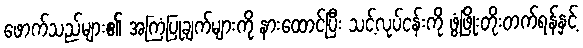
ဖောက်သည်များ၏ အကြံပြုချက်များကို နားထောင်ပြီး သင့်လုပ်ငန်းကို ဖွံ့ဖြိုးတိုးတက်ရန်နှင့်